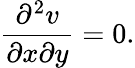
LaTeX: {\frac{\partial^{2}v}{\partial x\partial y}}=0.